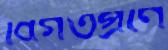
বিগতপ্রাণ